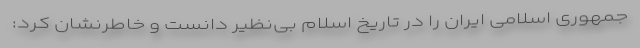
جمهوری اسلامی ایران را در تاریخ اسلام بی‌نظیر دانست و خاطرنشان کرد: